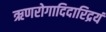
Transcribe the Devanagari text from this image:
ऋणरोगादिदारिद्रयं